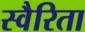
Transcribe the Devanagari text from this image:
स्वैरिता